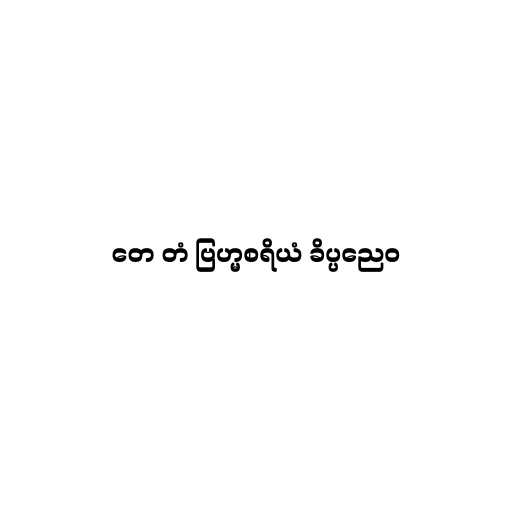
တေ တံ ဗြဟ္မစရိယံ ခိပ္ပညေဝ